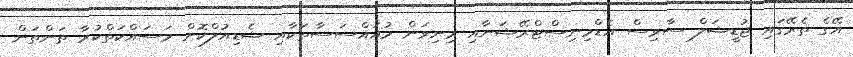
އޭގެ ތެރޭގައި ޖުޑީޝަލް ސާވިސް އެޑްމިނިސްޓްރޭޝަނާއި މިނިވަން މުއައްސަސާތަކާއި ޝެޑިއުލްކޮށް މަސައްކަތްކުރާ ތަންތަން